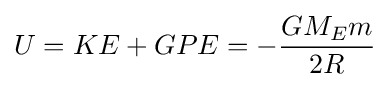
U=KE+GPE=-{\frac {GM_{E}m}{2R}}